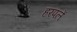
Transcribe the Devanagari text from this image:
हरपलें